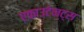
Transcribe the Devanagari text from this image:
एकाउटेन्ट्स